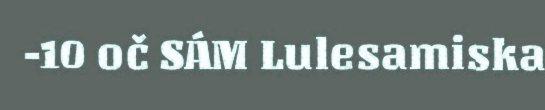
-10 oč SÁM Lulesamiska